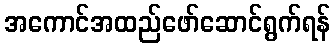
အကောင်အထည်ဖော်ဆောင်ရွက်ရန်